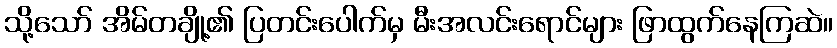
သို့သော် အိမ်တချို့၏ ပြတင်းပေါက်မှ မီးအလင်းရောင်များ ဖြာထွက်နေကြဆဲ။